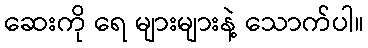
ဆေးကို ရေ များများနဲ့ သောက်ပါ။